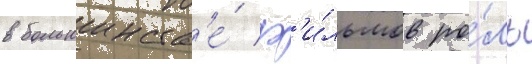
в большинств'е́ ф'и́льмов ро́ль